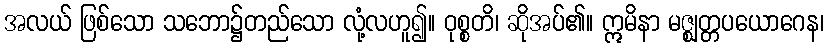
အလယ် ဖြစ်သော သဘော၌တည်သော လုံ့လဟူ၍။ ဝုစ္စတိ၊ ဆိုအပ်၏။ ဣမိနာ မဇ္ဈတ္တပယောဂေန၊